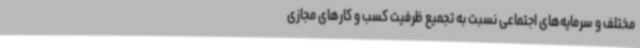
مختلف و سرمایه‌های اجتماعی نسبت به تجمیع ظرفیت کسب و کارهای مجازی